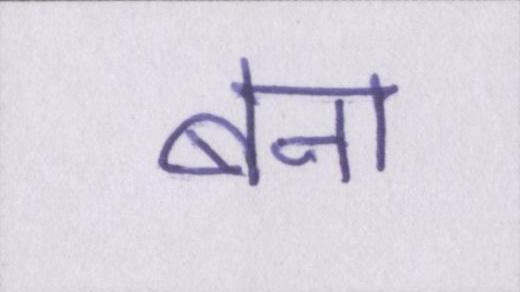
बना